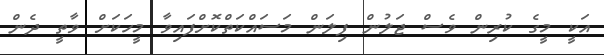
އަކީ މީގެ ކުރިން ވެސް ޖަލުން ފިލަން މަސައްކަތްކޮށްފައިވާ މީހަކަށް ވާތީ ދެން